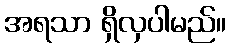
အရသာ ရှိလှပါမည်။